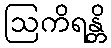
ဩကိရန္တိ